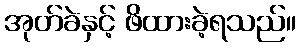
အုတ်ခဲနှင့် ဖိထားခဲ့ရသည်။